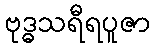
ဗုဒ္ဓသရီရပူဇာ